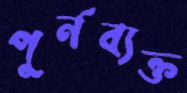
পুর্নব্যক্ত